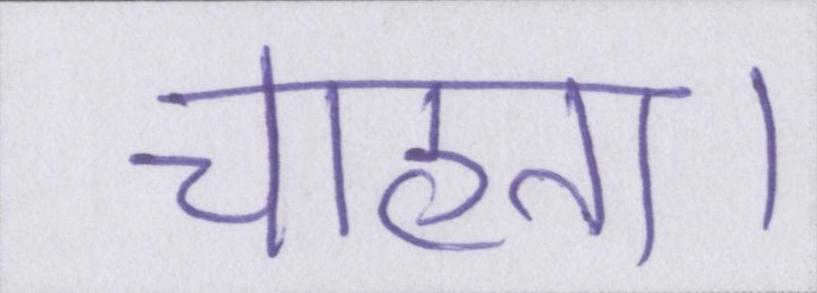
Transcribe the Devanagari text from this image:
चाहता।